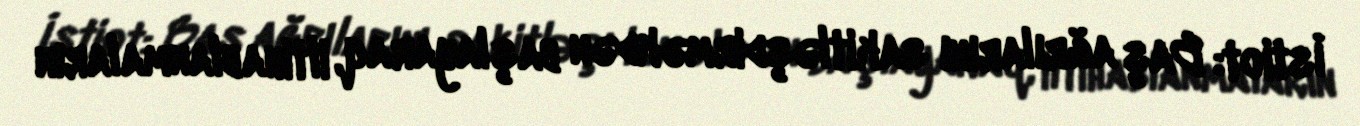
İstiot: Baş ağrılarını sakitləşdirməkdən başlayaraq, iltihablanmaların